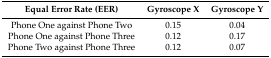
| Equal Error Rate (EER) | Gyroscope X | Gyroscope Y |
 | --- | --- | --- |
 | Phone One against Phone Two | 0.15 | 0.04 |
 | Phone One against Phone Three | 0.12 | 0.17 |
 | Phone Two against Phone Three | 0.12 | 0.07 |